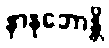
နာနုဘောန္တိ